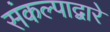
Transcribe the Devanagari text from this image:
संकल्पाद्वारे